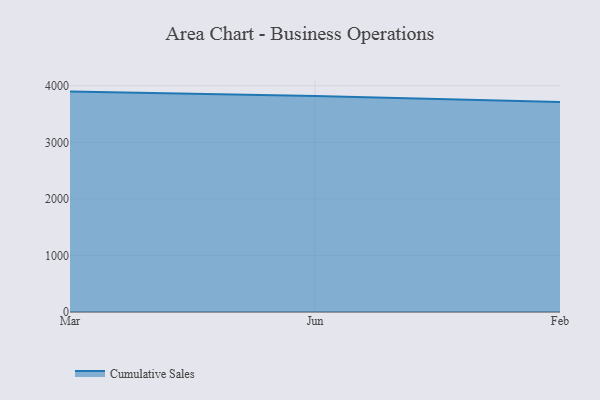
{"axis": {"x": "Month", "y": "Churn Rate (%)"}, "legend": ["Cumulative Sales"], "data": [{"x": "Mar", "y": 3896.2, "type": "Cumulative Sales"}, {"x": "Jun", "y": 3818.4, "type": "Cumulative Sales"}, {"x": "Feb", "y": 3711.4, "type": "Cumulative Sales"}]}